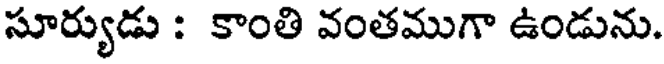
సూర్యుడు : కాంతి వంతముగా ఉండును.